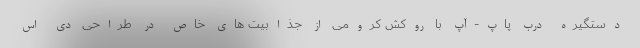
دستگیره درب پاپ-آپ با روکش کرومی از جذابیت های خاص در طراحی دی اس